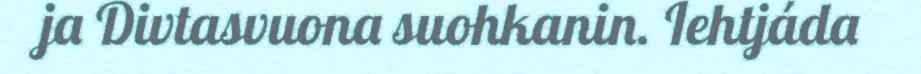
ja Divtasvuona suohkanin. Iehtjáda